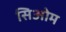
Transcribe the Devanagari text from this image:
सिओम